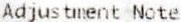
ADJUSTMENT NOTE